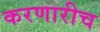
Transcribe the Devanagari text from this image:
करणारीच